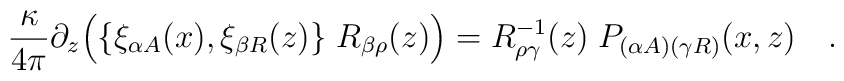
{\kappa \over{ 4\pi}}\partial_z\Bigl(\{\xi_{\alpha A}(x),\xi_{\beta R}(z)\}\;R_{\beta\rho}(z)\Bigr) = R_{\rho\gamma}^{-1}(z) \;P_{(\alpha A)(\gamma R)}(x,z)\quad.